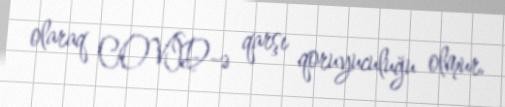
olaraq COVİD-ə qarşı qoruyuculuğu olmur.